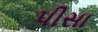
પીસા